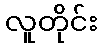
လူတိုင်း